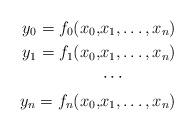
LaTeX: \begin{align*} y_0 = f_0(x_0,&x_1, \dots, x_n) \\ y_1 = f_1(x_0,&x_1, \dots, x_n) \\ &\cdots \\ y_n = f_n(x_0,&x_1, \dots, x_n) \end{align*}